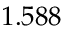
1 . 5 8 8